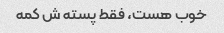
خوب هست، فقط پسته ش کمه